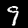
Label: 9